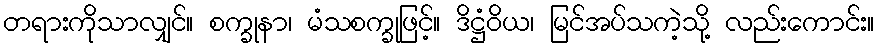
တရားကိုသာလျှင်။ စက္ခုနာ၊ မံသစက္ခုဖြင့်။ ဒိဋ္ဌံဝိယ၊ မြင်အပ်သကဲ့သို့ လည်းကောင်း။